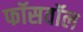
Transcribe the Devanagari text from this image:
फॉसवॉल